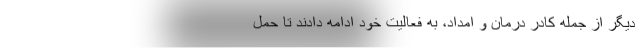
دیگر از جمله کادر درمان و امداد، به فعالیت خود ادامه دادند تا حمل